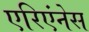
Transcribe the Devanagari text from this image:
एरिएंनेस